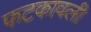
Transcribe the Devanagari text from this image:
फटकावली